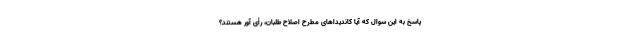
پاسخ به این سوال که آیا کاندیداهای مطرح اصلاح طلبان، رأی آور هستند؟